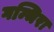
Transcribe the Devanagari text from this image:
गम्भिरा